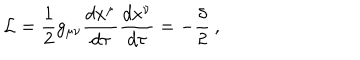
{ \cal { L } } = \frac { 1 } { 2 } g _ { \mu \nu } \frac { d x ^ { \mu } } { d \tau } \frac { d x ^ { \nu } } { d \tau } = - \frac { \delta } { 2 } \: ,